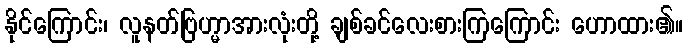
နိုင်ကြောင်း၊ လူနတ်ဗြဟ္မာအားလုံးတို့ ချစ်ခင်လေးစားကြကြောင်း ဟောထား၏။